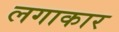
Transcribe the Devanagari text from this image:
लगाकार